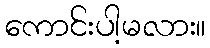
ကောင်းပါ့မလား။